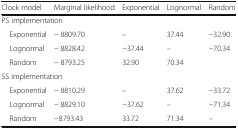
<table><thead><tr><td><b>Clock model</b></td><td><b>Marginal likelihood</b></td><td><b>Exponential</b></td><td><b>Lognormal</b></td><td><b>Random</b></td></tr></thead><tbody><tr><td colspan="5">PS implementation</td></tr><tr><td> Exponential</td><td>− 8809.70</td><td>–</td><td>37.44</td><td>−32.90</td></tr><tr><td> Lognormal</td><td>− 8828.42</td><td>−37.44</td><td>–</td><td>−70.34</td></tr><tr><td> Random</td><td>− 8793.25</td><td>32.90</td><td>70.34</td><td></td></tr><tr><td colspan="5">SS implementation</td></tr><tr><td> Exponential</td><td>− 8810.29</td><td>–</td><td>37.62</td><td>−33.72</td></tr><tr><td> Lognormal</td><td>− 8829.10</td><td>−37.62</td><td>–</td><td>−71.34</td></tr><tr><td> Random</td><td>−8793.43</td><td>33.72</td><td>71.34</td><td>–</td></tr></tbody></table>